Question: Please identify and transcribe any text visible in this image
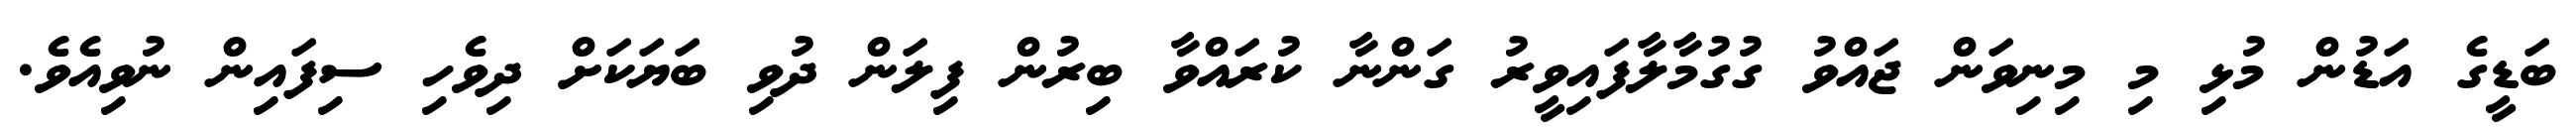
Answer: ބަޑީގެ އަޑުން މުޅި މި މިނިވަން ޖައްވު ގުގުމާލާފައިވީރު ގަންނާ ކުރައްވާ ބިރުން ފިލަން ދުވި ބަޔަކަށް ދިވެހި ސިފައިން ނުވިއެވެ.